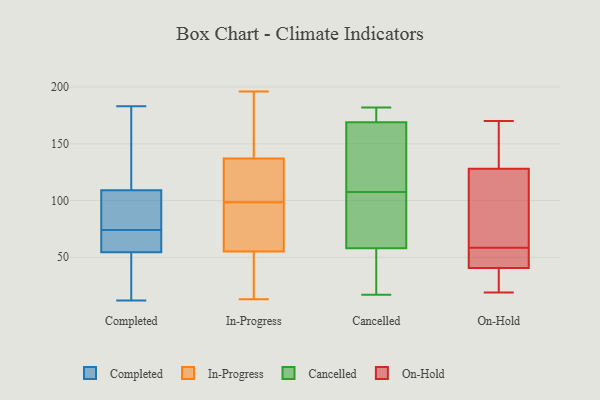
{"axis": {"x": "Energy Usage (MWh)", "y": "Value"}, "legend": ["Cancelled", "Completed", "In-Progress", "On-Hold"], "data": [{"x": "", "y": 17, "type": "Completed"}, {"x": "", "y": 89, "type": "Completed"}, {"x": "", "y": 160, "type": "Completed"}, {"x": "", "y": 97, "type": "Completed"}, {"x": "", "y": 80, "type": "Completed"}, {"x": "", "y": 137, "type": "Completed"}, {"x": "", "y": 52, "type": "Completed"}, {"x": "", "y": 71, "type": "Completed"}, {"x": "", "y": 43, "type": "Completed"}, {"x": "", "y": 69, "type": "Completed"}, {"x": "", "y": 143, "type": "Completed"}, {"x": "", "y": 183, "type": "Completed"}, {"x": "", "y": 13, "type": "Completed"}, {"x": "", "y": 77, "type": "Completed"}, {"x": "", "y": 12, "type": "Completed"}, {"x": "", "y": 117, "type": "Completed"}, {"x": "", "y": 68, "type": "Completed"}, {"x": "", "y": 67, "type": "Completed"}, {"x": "", "y": 101, "type": "Completed"}, {"x": "", "y": 57, "type": "Completed"}, {"x": "", "y": 120, "type": "In-Progress"}, {"x": "", "y": 65, "type": "In-Progress"}, {"x": "", "y": 88, "type": "In-Progress"}, {"x": "", "y": 48, "type": "In-Progress"}, {"x": "", "y": 107, "type": "In-Progress"}, {"x": "", "y": 58, "type": "In-Progress"}, {"x": "", "y": 62, "type": "In-Progress"}, {"x": "", "y": 46, "type": "In-Progress"}, {"x": "", "y": 196, "type": "In-Progress"}, {"x": "", "y": 109, "type": "In-Progress"}, {"x": "", "y": 130, "type": "In-Progress"}, {"x": "", "y": 104, "type": "In-Progress"}, {"x": "", "y": 196, "type": "In-Progress"}, {"x": "", "y": 144, "type": "In-Progress"}, {"x": "", "y": 93, "type": "In-Progress"}, {"x": "", "y": 181, "type": "In-Progress"}, {"x": "", "y": 162, "type": "In-Progress"}, {"x": "", "y": 13, "type": "In-Progress"}, {"x": "", "y": 52, "type": "In-Progress"}, {"x": "", "y": 25, "type": "In-Progress"}, {"x": "", "y": 17, "type": "Cancelled"}, {"x": "", "y": 108, "type": "Cancelled"}, {"x": "", "y": 72, "type": "Cancelled"}, {"x": "", "y": 165, "type": "Cancelled"}, {"x": "", "y": 58, "type": "Cancelled"}, {"x": "", "y": 37, "type": "Cancelled"}, {"x": "", "y": 107, "type": "Cancelled"}, {"x": "", "y": 25, "type": "Cancelled"}, {"x": "", "y": 169, "type": "Cancelled"}, {"x": "", "y": 177, "type": "Cancelled"}, {"x": "", "y": 173, "type": "Cancelled"}, {"x": "", "y": 150, "type": "Cancelled"}, {"x": "", "y": 83, "type": "Cancelled"}, {"x": "", "y": 182, "type": "Cancelled"}, {"x": "", "y": 50, "type": "On-Hold"}, {"x": "", "y": 170, "type": "On-Hold"}, {"x": "", "y": 138, "type": "On-Hold"}, {"x": "", "y": 126, "type": "On-Hold"}, {"x": "", "y": 31, "type": "On-Hold"}, {"x": "", "y": 73, "type": "On-Hold"}, {"x": "", "y": 130, "type": "On-Hold"}, {"x": "", "y": 19, "type": "On-Hold"}, {"x": "", "y": 28, "type": "On-Hold"}, {"x": "", "y": 50, "type": "On-Hold"}, {"x": "", "y": 58, "type": "On-Hold"}, {"x": "", "y": 59, "type": "On-Hold"}]}